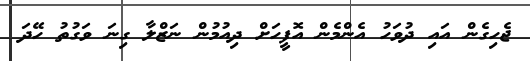
ޖެހިގެން އައި ދުވަހު އެންމެން އޮފީހަށް ދިއުމުން ނަޒްލާ ގިނަ ވަގުތު ހޭދަ